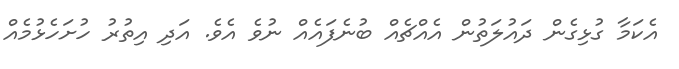
އެކަމާ ގުޅިގެން ދައުލަތުން އެއްޗެއް ބުނެފައެއް ނުވެ އެވެ. އަދި އިތުރު ހުށަހެޅުމެއް